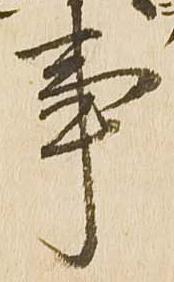
事